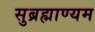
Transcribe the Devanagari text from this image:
सुब्रह्माण्यम